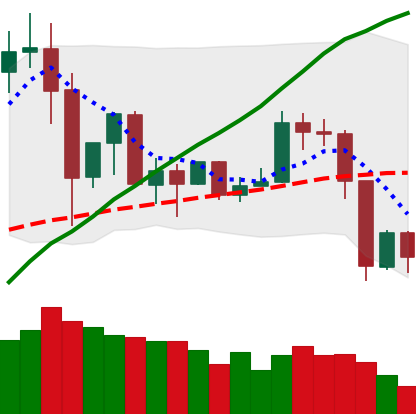
Ticker: TRX-USD
Chart end date: 2019-07-13
Forward return: -9.156%
Label: down_7plus